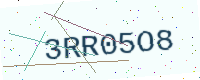
Text: 3RR05O8